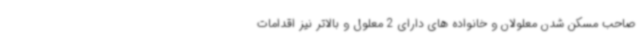
صاحب مسکن شدن معلولان و خانواده های دارای 2 معلول و بالاتر نیز اقدامات